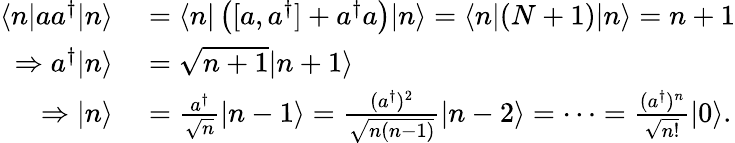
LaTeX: \begin{array}{rl}{\langle n|aa^{\dagger}|n\rangle}&{{}=\langle n|\left([a,a^{\dagger}]+a^{\dagger}a\right)|n\rangle=\langle n|(N+1)|n\rangle=n+1}\\ {\Rightarrow a^{\dagger}|n\rangle}&{{}={\sqrt{n+1}}|n+1\rangle}\\ {\Rightarrow|n\rangle}&{{}={\frac{a^{\dagger}}{\sqrt{n}}}|n-1\rangle={\frac{(a^{\dagger})^{2}}{\sqrt{n(n-1)}}}|n-2\rangle=\cdots={\frac{(a^{\dagger})^{n}}{\sqrt{n!}}}|0\rangle.}\end{array}